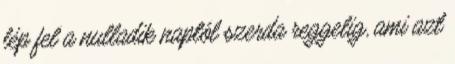
lép fel a nulladik naptól szerda reggelig, ami azt